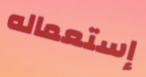
إستعماله